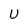
Character: U